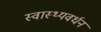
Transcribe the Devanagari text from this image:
स्वास्थ्यवर्धन